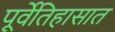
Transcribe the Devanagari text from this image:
पूर्वेतिहासात